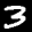
Label: 3